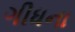
ગીધના